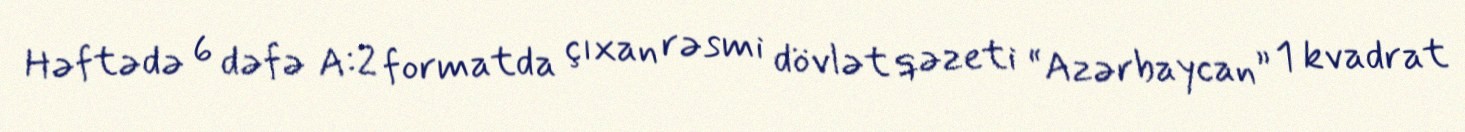
Həftədə 6 dəfə A:2 formatda çıxan rəsmi dövlət qəzeti “Azərbaycan” 1 kvadrat